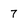
Character: 7